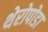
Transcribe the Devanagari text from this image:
थेरोपोडा